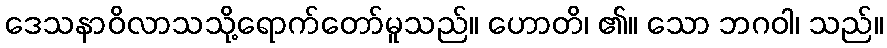
ဒေသနာဝိလာသသို့ရောက်တော်မူသည်။ ဟောတိ၊ ၏။ သော ဘဂဝါ၊ သည်။